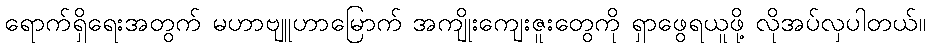
ရောက်ရှိရေးအတွက် မဟာဗျူဟာမြောက် အကျိုးကျေးဇူးတွေကို ရှာဖွေရယူဖို့ လိုအပ်လှပါတယ်။